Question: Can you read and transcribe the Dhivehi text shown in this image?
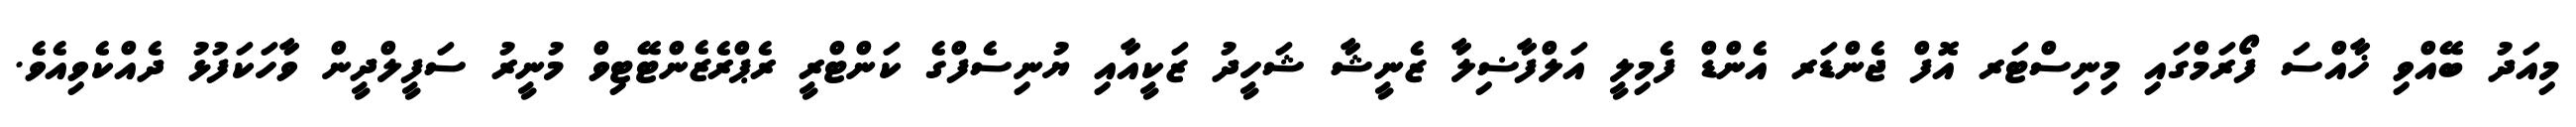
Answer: މިއަދު ބޭއްވި ޚާއްސަ ފޯރަމްގައި މިނިސްޓަރ އޮފް ޖެންޑަރ އެންޑް ފެމިލީ އަލްފާޟިލާ ޒެނީޝާ ޝަހީދު ޒަކީއާއި ޔުނިސެފްގެ ކަންޓްރީ ރެޕްރެޒެންޓޭޓިވް މުނީރު ސަފީލްދީން ވާހަކަފުޅު ދެއްކެވިއެވެ.